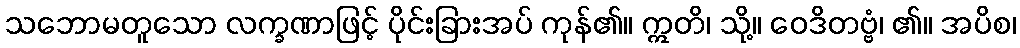
သဘောမတူသော လက္ခဏာဖြင့် ပိုင်းခြားအပ် ကုန်၏။ ဣတိ၊ သို့။ ဝေဒိတဗ္ဗံ၊ ၏။ အပိစ၊